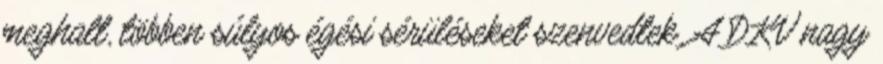
meghalt, többen súlyos égési sérüléseket szenvedtek. A DKV nagy